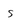
Character: s